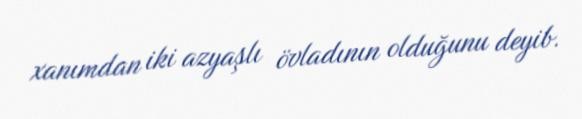
xanımdan iki azyaşlı övladının olduğunu deyib.